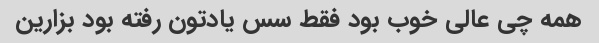
همه چی عالی خوب بود فقط سس یادتون رفته بود بزارین